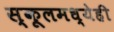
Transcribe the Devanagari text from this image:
स्कूलमध्येही